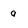
Character: q